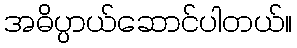
အဓိပ္ပာယ်ဆောင်ပါတယ်။